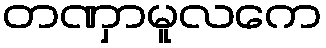
တဏှာမူလကေ